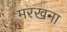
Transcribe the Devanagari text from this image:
मरखना